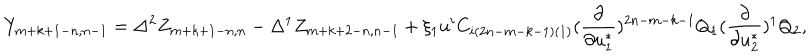
LaTeX: Y _ { m + k + 1 - n , n - 1 } = \Delta ^ { 2 } Z _ { m + k + 1 - n , n } - \Delta ^ { 1 } Z _ { m + k + 2 - n , n - 1 } + \xi _ { 1 } u ^ { i } C _ { i ( 2 n - m - k - 1 ) ( 1 ) } ( { \frac { \partial } { \partial u _ { 1 } ^ { * } } } ) ^ { 2 n - m - k - 1 } Q _ { 1 } ( { \frac { \partial } { \partial u _ { 2 } ^ { * } } } ) ^ { 1 } Q _ { 2 } ,